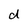
Character: d